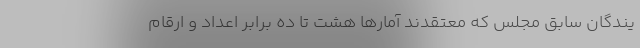
یندگان سابق مجلس که معتقدند آمارها هشت تا ده برابر اعداد و ارقام